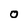
Character: 0